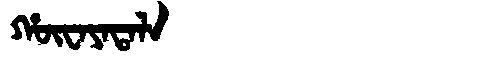
Manchu: ᡥᡡᠸᠠᠶᠠᡨᠠᠯᠠ
Romanization: HŪWAYATALA